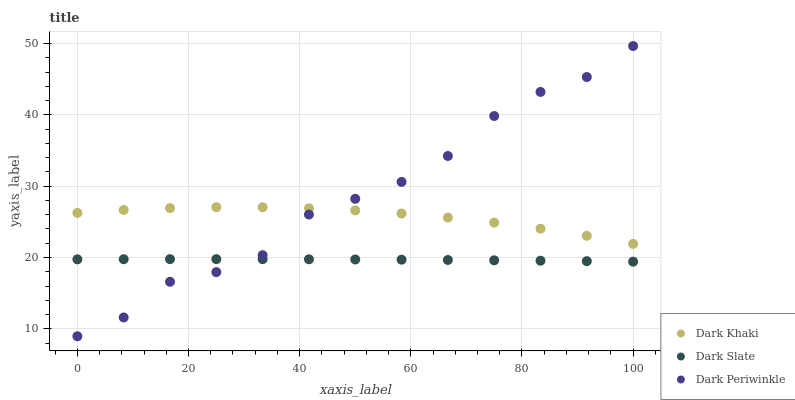
| xaxis_label | Dark Khaki | Dark Slate | Dark Periwinkle |
 | --- | --- | --- | --- |
 | 0 | 26.3 | 19.7 | 8.96 |
 | 8.33 | 26.7 | 19.8 | 11.6 |
 | 16.7 | 26.9 | 19.8 | 16.6 |
 | 25 | 27.1 | 19.8 | 17.9 |
 | 33.3 | 27 | 19.8 | 20.3 |
 | 41.7 | 26.9 | 19.7 | 26 |
 | 50 | 26.6 | 19.7 | 28.2 |
 | 58.3 | 26.2 | 19.7 | 30.6 |
 | 66.7 | 25.6 | 19.7 | 34.2 |
 | 75 | 24.9 | 19.6 | 39.8 |
 | 83.3 | 24 | 19.5 | 43.2 |
 | 91.7 | 23 | 19.5 | 45.3 |
 | 100 | 21.9 | 19.4 | 49.6 |